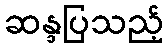
ဆန္ဒပြသည့်